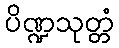
ပိဏ္ဍသုတ္တံ